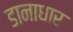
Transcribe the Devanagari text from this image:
डानाधार